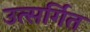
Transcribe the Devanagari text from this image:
उत्सर्गित